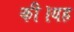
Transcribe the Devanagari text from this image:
की।यह